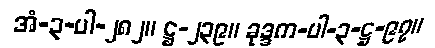
အံ-၃-ပါ-၂၈၂။ ဋ္ဌ-၂၃၉။ ခုဒ္ဒက-ပါ-၃-ဋ္ဌ-၉၇။